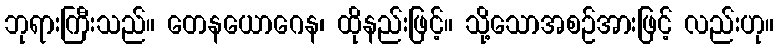
ဘုရားကြီးသည်။ တေနယောဂေန၊ ထိုနည်းဖြင့်။ သို့သောအစဉ်အားဖြင့် လည်းဟု။